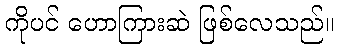
ကိုပင် ဟောကြားဆဲ ဖြစ်လေသည်။